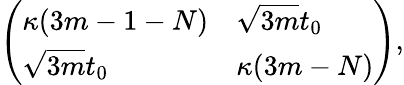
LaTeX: \left(\begin{array}{ll}{\kappa(3m-1-N)}&{\sqrt{3m}t_{0}}\\ {\sqrt{3m}t_{0}}&{\kappa(3m-N)}\end{array}\right),